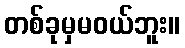
တစ်ခုမှမဝယ်ဘူး။